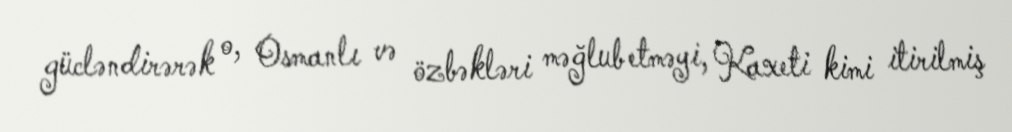
gücləndirərək o, Osmanlı və özbəkləri məğlub etməyi, Kaxeti kimi itirilmiş